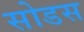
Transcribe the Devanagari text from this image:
सोडस